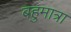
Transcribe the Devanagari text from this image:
बहुमात्रा